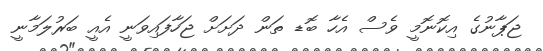
ޖަޕާނުގެ އިކޮނޮމީ ވެސް އެހާ ބޮޑ ތަން ދަށަށް ޖަހާފައިވަނީ އެއީ ބަރުލަމާނީ